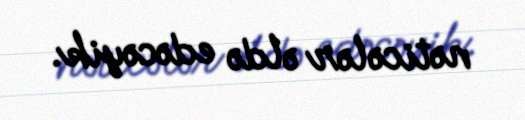
nəticələr əldə edəcəyik.